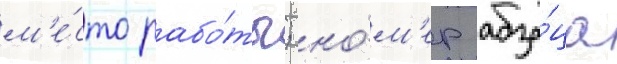
м'е́сто рабо́ты; но́м'ер абза́ца